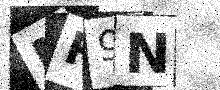
Text: MR9N